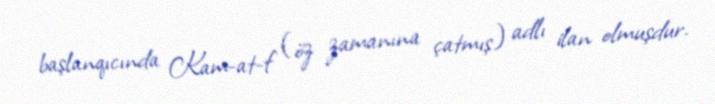
başlanqıcında Kam-at-f (öz zamanına çatmış) adlı ilan olmuşdur.